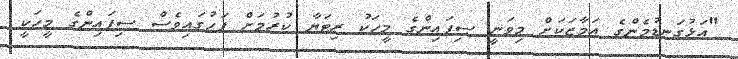
"އަޅުގަނޑުމެންގެ އަމާޒަކަށް މިވަނީ ސިފައިންގެ މީހަކު ރިޓަޔާ ކުރުމަށް ފަހުގައިވެސް ސިފައިންގެ މީހަކީ